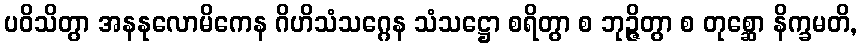
ပဝိသိတွာ အနနုလောမိကေန ဂိဟိသံသဂ္ဂေန သံသဋ္ဌော စရိတွာ စ ဘုဉ္ဇိတွာ စ တုစ္ဆော နိက္ခမတိ,